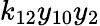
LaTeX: k_{12}y_{10}y_{2}